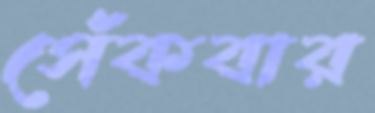
সেঁকবার